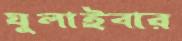
ঘুলাইবার